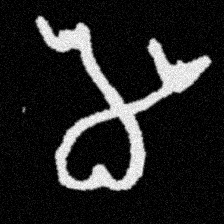
Pyu character \u2014 Myanmar letter: မ (romanized: ma)